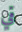
في